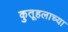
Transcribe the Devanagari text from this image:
कुतूहलाच्या